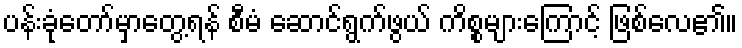
ပန်းခုံတော်မှာတွေ့ရန် စီမံ ဆောင်ရွက်ဖွယ် ကိစ္စများကြောင့် ဖြစ်လေ၏။